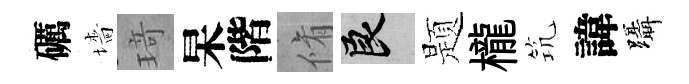
礪墻𤦺杲階脩良题櫳𥬑諱躡